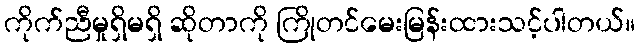
ကိုက်ညီမှုရှိမရှိ ဆိုတာကို ကြိုတင်မေးမြန်းထားသင့်ပါတယ်။